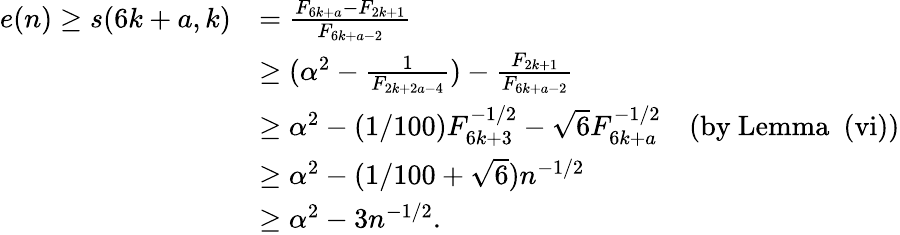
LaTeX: \begin{array}{rl}{e(n)\geq s(6k+a,k)}&{={\frac{F_{6k+a}-F_{2k+1}}{F_{6k+a-2}}}}\\ &{\geq(\alpha^{2}-{\frac{1}{F_{2k+2a-4}}})-{\frac{F_{2k+1}}{F_{6k+a-2}}}}\\ &{\geq\alpha^{2}-(1/100)F_{6k+3}^{-1/2}-\sqrt{6}F_{6k+a}^{-1/2}\quad\mathrm{(by~Lemma~~(vi))}}\\ &{\geq\alpha^{2}-(1/100+\sqrt{6})n^{-1/2}}\\ &{\geq\alpha^{2}-3n^{-1/2}.}\end{array}